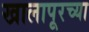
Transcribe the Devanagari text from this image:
खालापूरच्या